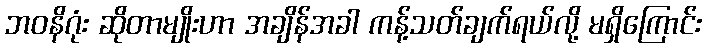
ဘဝနိဂုံး ဆိုတာမျိုးဟာ အချိန်အခါ ကန့်သတ်ချက်ရယ်လို့ မရှိကြောင်း